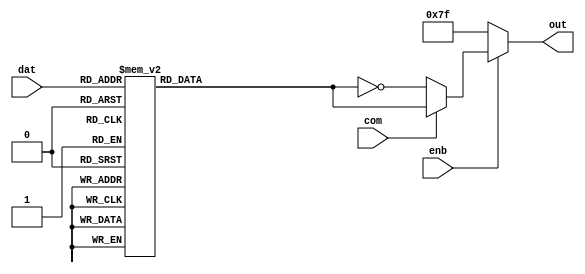
module bin27seg (com, enb, dat, out);

parameter  NUL_CHAR = 7'b1111111;

localparam BIT_WIDTH = 4;
localparam SEG_WIDTH = 7;

input                      com;
input                      enb;
input  [BIT_WIDTH - 1 : 0] dat;
output [SEG_WIDTH - 1 : 0] out;

reg [SEG_WIDTH - 1 : 0] seg7;

always @(dat) begin
    case (dat)
    4'd0: seg7 = 7'b1000000;
    4'd1: seg7 = 7'b1111001;
    4'd2: seg7 = 7'b0100100;
    4'd3: seg7 = 7'b0110000;
    4'd4: seg7 = 7'b0011001;
    4'd5: seg7 = 7'b0010010;
    4'd6: seg7 = 7'b0000010;
    4'd7: seg7 = 7'b1111000;
    4'd8: seg7 = 7'b0000000;
    4'd9: seg7 = 7'b0010000;
    4'd10: seg7 = 7'b0001000;
    4'd11: seg7 = 7'b0000011;
    4'd12: seg7 = 7'b1000110;
    4'd13: seg7 = 7'b0100001;
    4'd14: seg7 = 7'b0000110;
    4'd15: seg7 = 7'b0001110;
    default: seg7 = NUL_CHAR;
    endcase
end

assign out = (enb) ? (com) ? seg7 : ~seg7 : NUL_CHAR;

endmodule